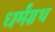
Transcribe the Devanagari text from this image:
धर्मंग्रथ